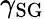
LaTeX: \gamma_{\mathrm{SG}}